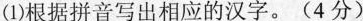
(1)根据拼音写出相应的汉字。(4分)